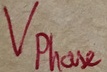
Text: Vphase